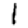
Digit: 1